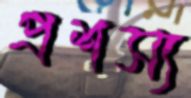
প্রশস্য